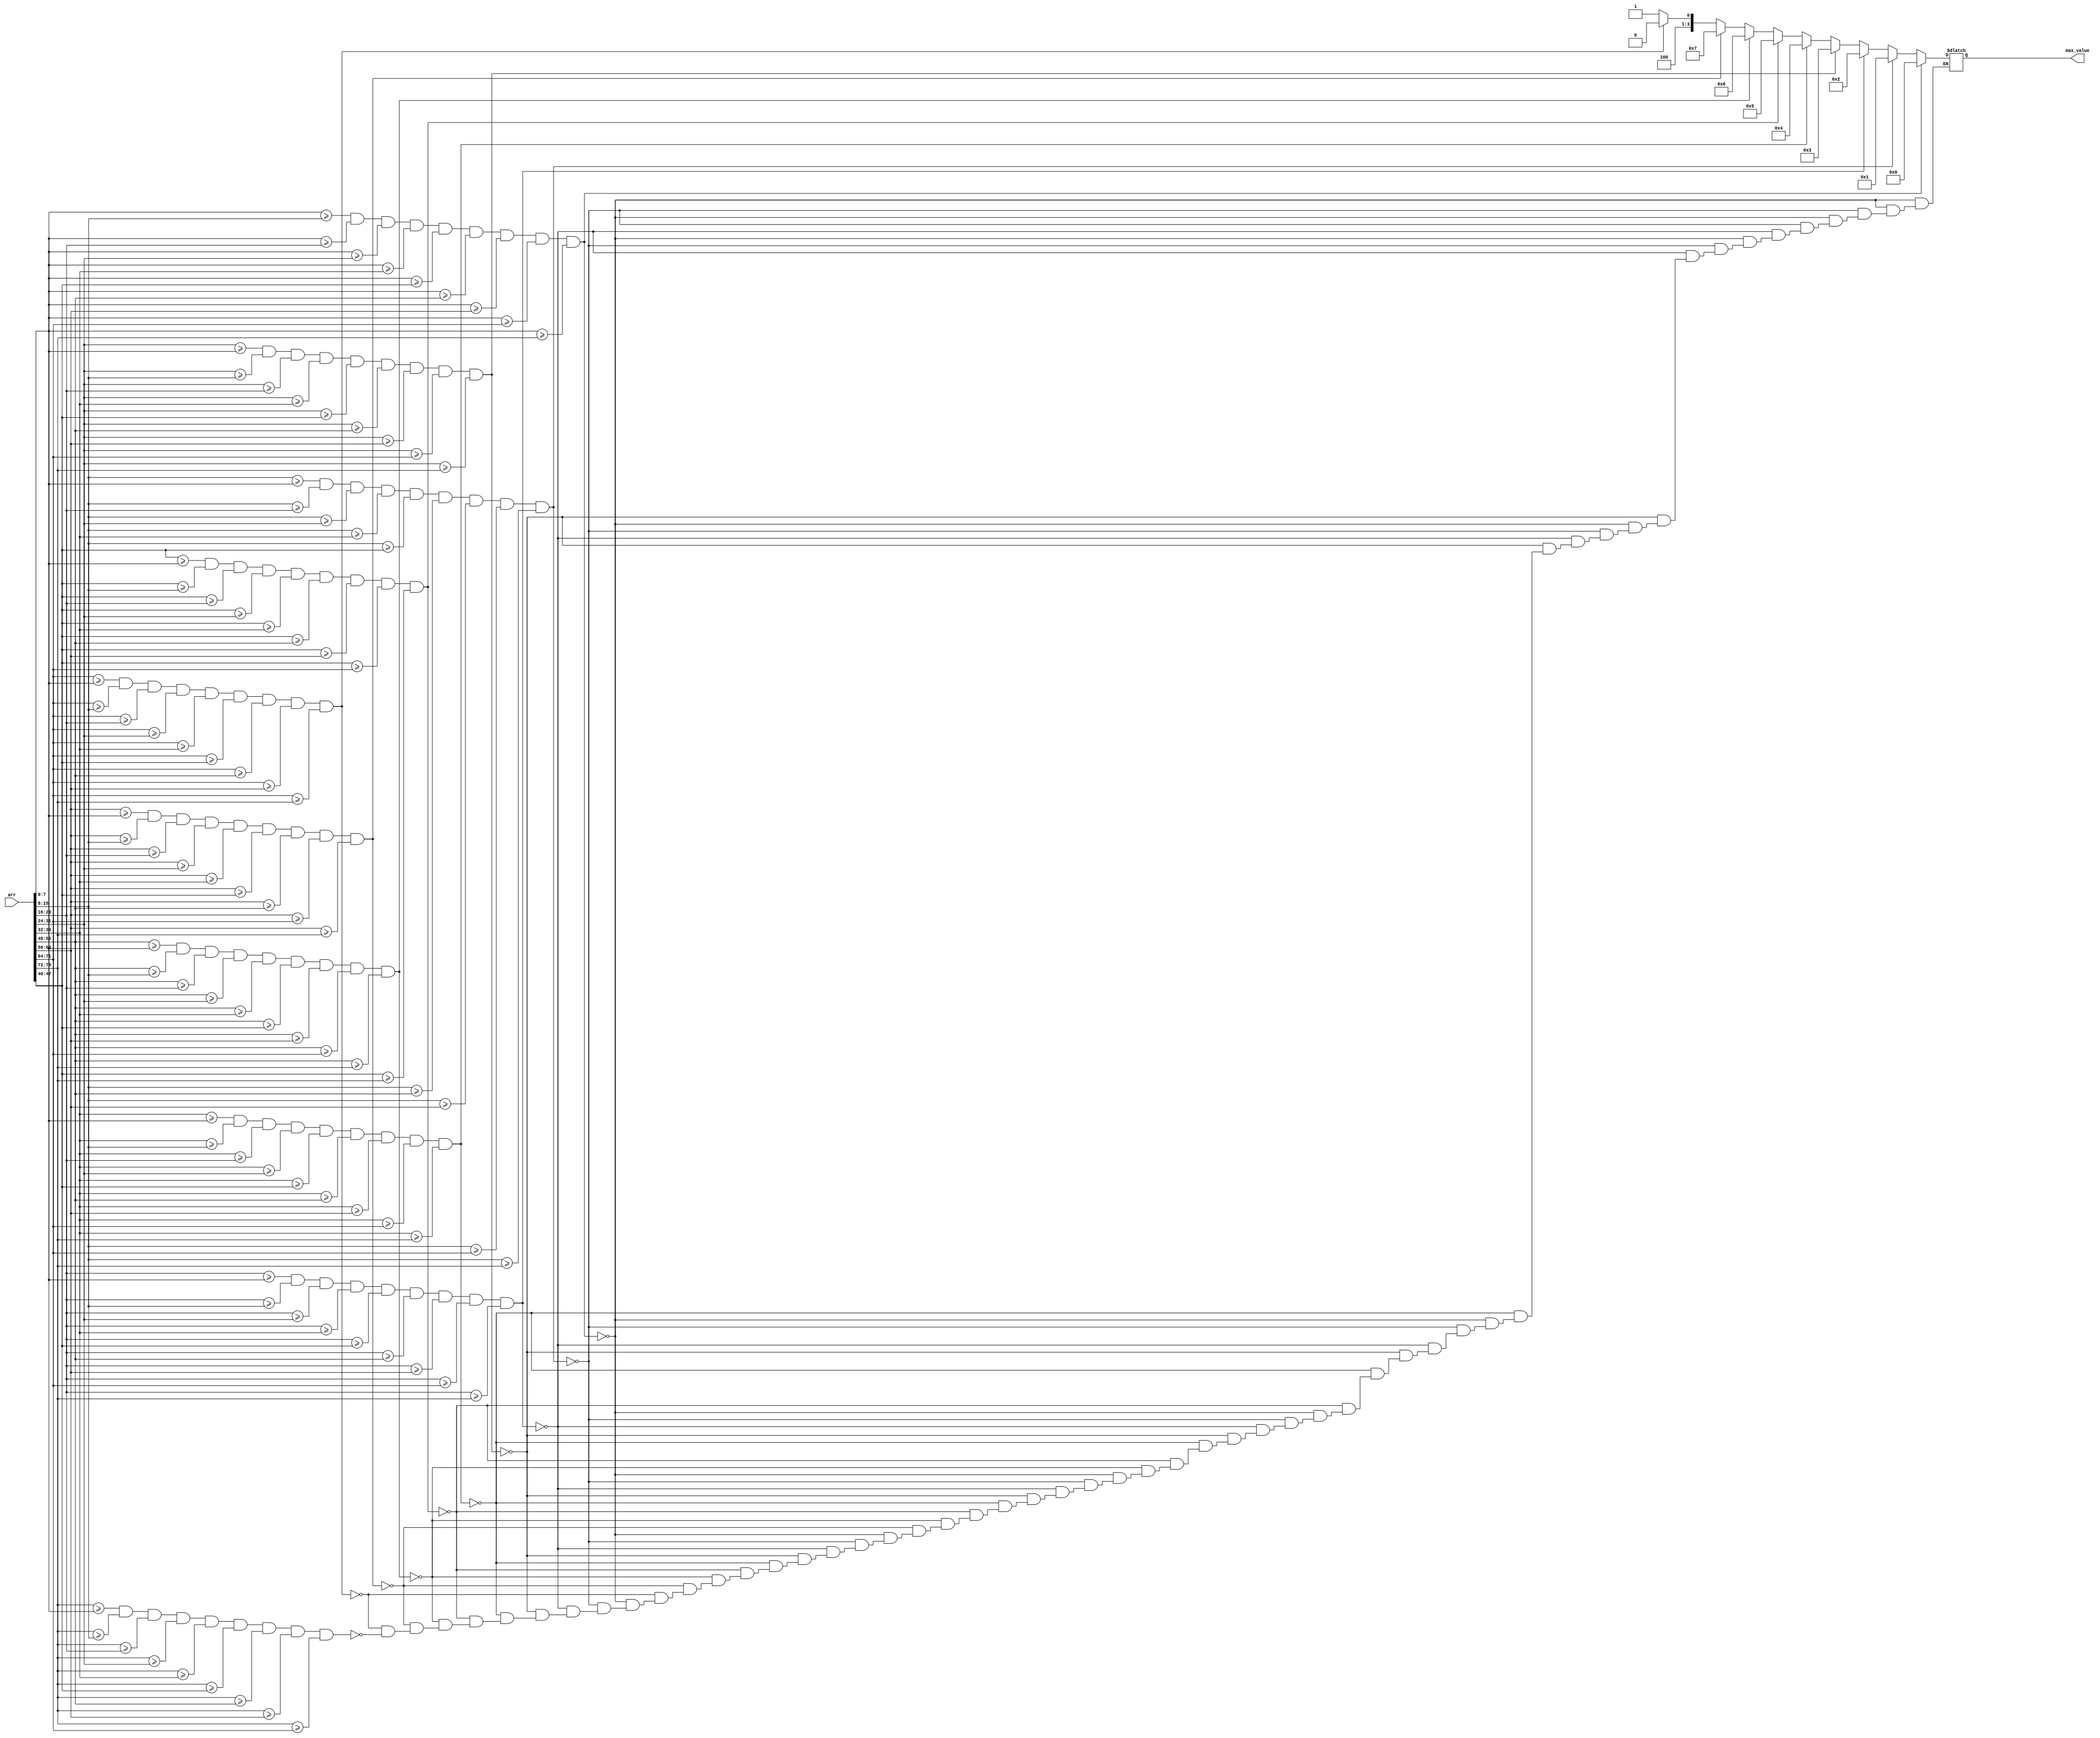
`timescale 1ns/1ns
module find_max(input[79:0] arr, output reg[3:0] max_value);

    wire[7:0] in[0:9];
    assign in[0] = arr[7:0];
    assign in[1] = arr[15:8];
    assign in[2] = arr[23:16];
    assign in[3] = arr[31:24];
    assign in[4] = arr[39:32];
    assign in[5] = arr[47:40];
    assign in[6] = arr[55:48];
    assign in[7] = arr[63:56];
    assign in[8] = arr[71:64];
    assign in[9] = arr[79:72];
    
    always @(*)
    begin
        if (in[0] >= in[1] && in[0] >= in[2] && in[0] >= in[3] && in[0] >= in[4] &&
  		 in[0] >= in[5] && in[0] >= in[6] && in[0] >= in[7] && in[0] >= in[8] && in[0] >= in[9])
            max_value = 4'b0000;
        else
        if (in[1] >= in[0] && in[1] >= in[2] && in[1] >= in[3] && in[1] >= in[4] &&
  		 in[1] >= in[5] && in[1] >= in[6] && in[1] >= in[7] && in[1] >= in[8] && in[1] >= in[9])
            max_value = 4'b0001;
        else
        if (in[2] >= in[0] && in[2] >= in[1] && in[2] >= in[3] && in[2] >= in[4] &&
  		 in[2] >= in[5] && in[2] >= in[6] && in[2] >= in[7] && in[2] >= in[8] && in[2] >= in[9])
            max_value = 4'b0010;
        else

        if (in[3] >= in[0] && in[3] >= in[1] && in[3] >= in[2] && in[3] >= in[4] &&
  		 in[3] >= in[5] && in[3] >= in[6] && in[3] >= in[7] && in[3] >= in[8] && in[3] >= in[9])
            max_value = 4'b0011;
        else

        if (in[4] >= in[0] && in[4] >= in[1] && in[4] >= in[2] && in[4] >= in[3] &&
  		 in[4] >= in[5] && in[4] >= in[6] && in[4] >= in[7] && in[4] >= in[8] && in[4] >= in[9])
            max_value = 4'b0100;

        else
        if (in[5] >= in[0] && in[5] >= in[1] && in[5] >= in[2] && in[5] >= in[3] &&
  		 in[5] >= in[4] && in[5] >= in[6] && in[5] >= in[7] && in[5] >= in[8] && in[5] >= in[9])
            max_value = 4'b0101;

        else
        if (in[6] >= in[0] && in[6] >= in[1] && in[6] >= in[2] && in[6] >= in[3] &&
  		 in[6] >= in[4] && in[6] >= in[5] && in[6] >= in[7] && in[6] >= in[8] && in[6] >= in[9])
            max_value = 4'b0110;

        else
        if (in[7] >= in[0] && in[7] >= in[1] && in[7] >= in[2] && in[7] >= in[3] &&
  		 in[7] >= in[4] && in[7] >= in[5] && in[7] >= in[6] && in[7] >= in[8] && in[7] >= in[9])
            max_value = 4'b0111;

        else
        if (in[8] >= in[0] && in[8] >= in[1] && in[8] >= in[2] && in[8] >= in[3] &&
  		 in[8] >= in[4] && in[8] >= in[5] && in[8] >= in[6] && in[8] >= in[7] && in[8] >= in[9])
            max_value = 4'b1000;

        else
        if (in[9] >= in[0] && in[9] >= in[1] && in[9] >= in[2] && in[9] >= in[3] &&
  		 in[9] >= in[4] && in[9] >= in[5] && in[9] >= in[6] && in[9] >= in[7] && in[9] >= in[8])
            max_value = 4'b1001;
    end

endmodule